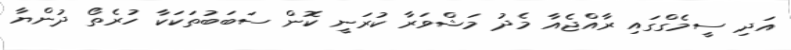
އަދި ސީމެގްގައި ރާއްޖެއާ މެދު މަޝްވަރާ ކުރަނީ ކޮން ސަބަބުތަކަކާ ހުރެތޯ ދުންޔާ